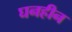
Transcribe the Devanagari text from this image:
घनहीन